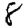
Digit: 8